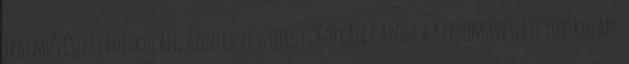
Iparművészeti Főiskolán, Konecsni György, Koffán Károly a Képzőművészeti Főiskolán.